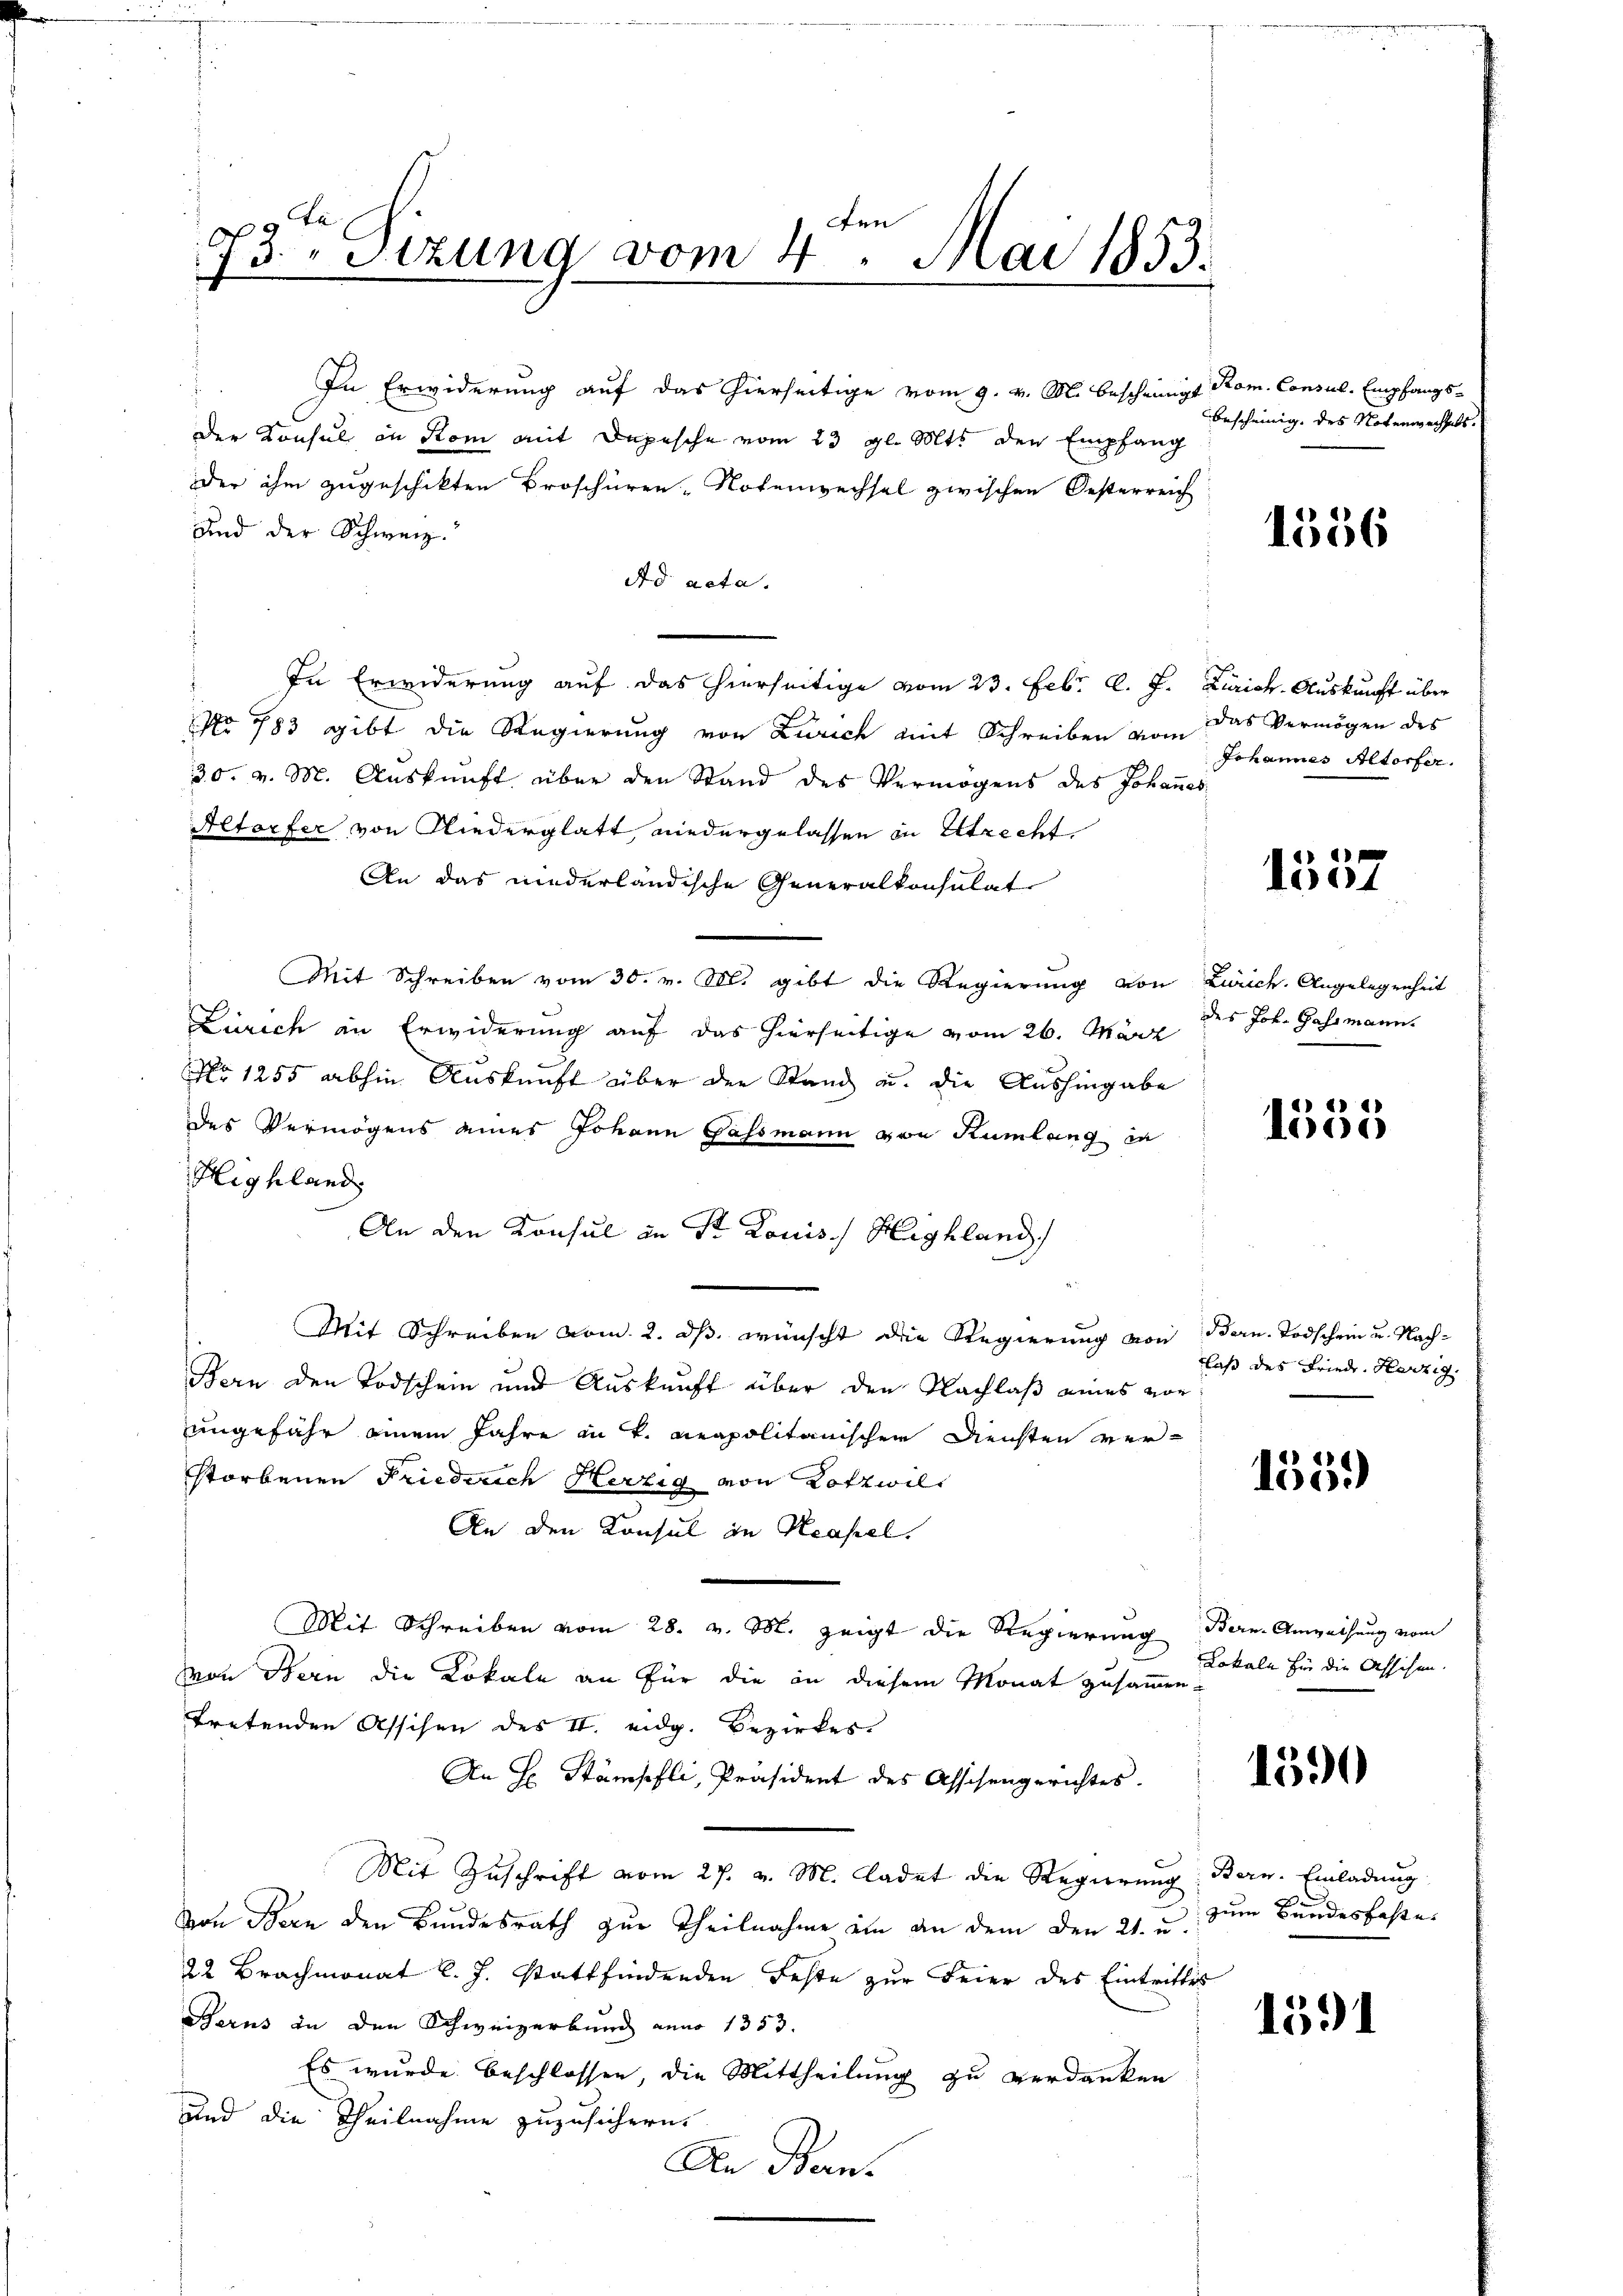
De
e
773. " Sizung vom 4. Mai 1853.

In Erwiderung auf das hierseitige vom 9. v. M. bescheinigt Rom. Consul, Empfangs¬
Der Konsul in Rom mit Depesche vom 23 gl. Mts. den Empfang
Der ihm zugeschikten Broschüren-Notenwechsel zwischen Oesterreich
Und der Schweiz.
Ad acta.
In Erwiderung auf das hierseitige vom 23. Febr. l. J. Zürich. Auskunft über
No 783 gibt die Regierung von Zürich mit Schreiben vom
30. v. M. Auskunft über den Stand des Vermögens des Johannes
Altorfer von Niederglatt niedergelassen in Altrecht
An das niederländische Generalkonsulat
Mit Schreiben vom 30. v. M. gibt die Regierung von Zürich. Angelegenheit
Zürich in Erwiderung auf das hierseitige vom 26. März
No 1255 abhin Auskunft über der Stand u. die Aushingabe
des Vermögens eines Johann Gassmann von Rümlang in
Highland
An den Konsul in St. Louis / Highland
Mit Schreiben vom 2. ds. wünscht die Regierung von Bern. Todschein u. Nach¬
Bern den Todschein und Auskunft über den Nachlaß eines von
ungefähr einem Jahre in K. Rapolitärischen Diensten verstorbenen Friederich Herzig von Lotzwill
An den Konsul in Kapel.
Mit Schreiben vom 28. v. M. zeigt die Regierung Bern Anweihung vom
von Bern die Lokale an für die in diesem Monat zusammen-
tretenden Assisen des II. eidg. Bezirkes
An H. Stämpfli, Präsident des Assisengerichtes.
Mit Zuschrift vom 27. v. M. ladet die Regierung: Bern. Einladung
von Bern den Bundesrath zur Theilnahme ein an dem den 21. u. zum Bundesfestes
22 Brachmonat l. J. stattfindenden Feste zur Feier des Eintrittes
Berns in den Schweizerbung anno 1353.
Es wurde beschlossen, die Mittheilung zu verdanken
und die Theilnahme zuzusichern.
An Ban¬

bescheinig. des Notenwechsels.

1356

Das Vermögen des
Johannes Altorfer.

1557

des Joh. Gassmann.

6)
1055

laß des Friede Herzig.

1355)

Lokale für die Asschen.

1590

1591